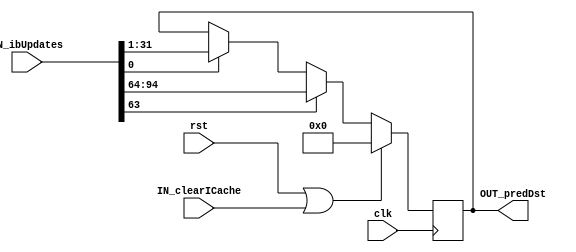
module IndirectBranchPredictor (
	clk,
	rst,
	IN_clearICache,
	IN_ibUpdates,
	OUT_predDst
);
	parameter NUM_UPDATES = 2;
	input wire clk;
	input wire rst;
	input wire IN_clearICache;
	input wire [(NUM_UPDATES * 63) - 1:0] IN_ibUpdates;
	output reg [30:0] OUT_predDst;
	integer i;
	always @(posedge clk)
		if (rst || IN_clearICache)
			OUT_predDst <= 0;
		else
			for (i = 0; i < NUM_UPDATES; i = i + 1)
				if (IN_ibUpdates[i * 63])
					OUT_predDst <= IN_ibUpdates[(i * 63) + 31-:31];
endmodule